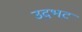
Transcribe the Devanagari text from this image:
उदभट